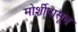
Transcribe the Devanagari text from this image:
मोर्शीपासून